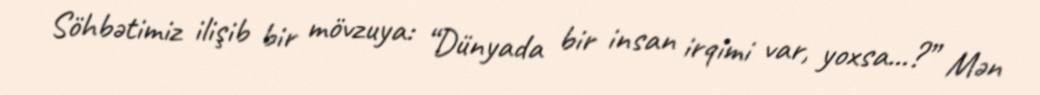
Söhbətimiz ilişib bir mövzuya: “Dünyada bir insan irqimi var, yoxsa...?” Mən